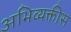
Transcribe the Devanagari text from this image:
अभिव्यक्तीस